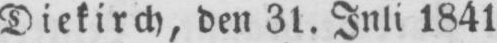
Diekirch, den 31. Jnli 1841